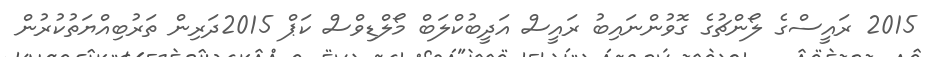
2015 ރައީސްގެ ލޯންޗުގެ ގޮވުންނައިބު ރައީސް އަދީބުކްލަބް މޯލްޑިވްސް ކަޕް 2015ދަރިން ތަރުބިއްޔަތުކުރުން